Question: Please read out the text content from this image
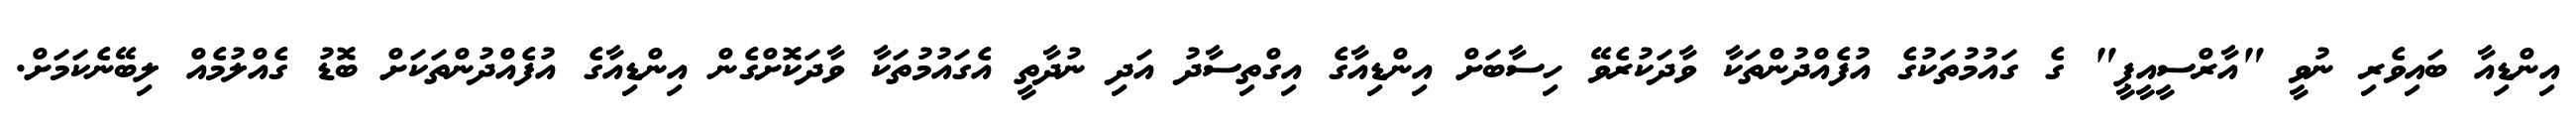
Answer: އިންޑިއާ ބައިވެރި ނުވީ "އާރްސީއީޕީ" ގެ ގައުމުތަކުގެ އުފެއްދުންތަކާ ވާދަކުރެވޭ ހިސާބަށް އިންޑިއާގެ އިގްތިސާދު އަދި ނުދާތީ އެގައުމުތަކާ ވާދަކޮށްގެން އިންޑިއާގެ އުފެއްދުންތަކަށް ބޮޑު ގެއްލުމެއް ލިބޭނެކަމަށް.